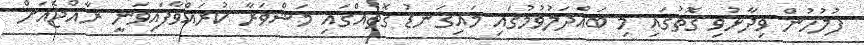
ފުލުހުން ވިދާޅުވި ގޮތުގައި މި ބައްދަލުވުމުގައި މައިގަނޑު ގޮތެއްގައި މަޝްވަރާ ކުރައްވާފައިވަނީ ރާއްޖެއަށް